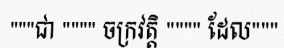
"""ជា """" ចក្រវត្តិ """" ដែល"""